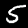
Label: 5